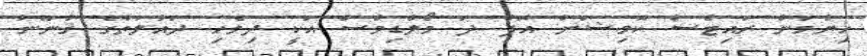
ހިޔުމަން ރައިޓްސް ކޮމިޝަން އޮފް ދަ މޯލްޑިވްސް އަކީ ދިވެހި ދައުލަތުގެ ޤާނޫނު